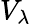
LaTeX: V_{\lambda}